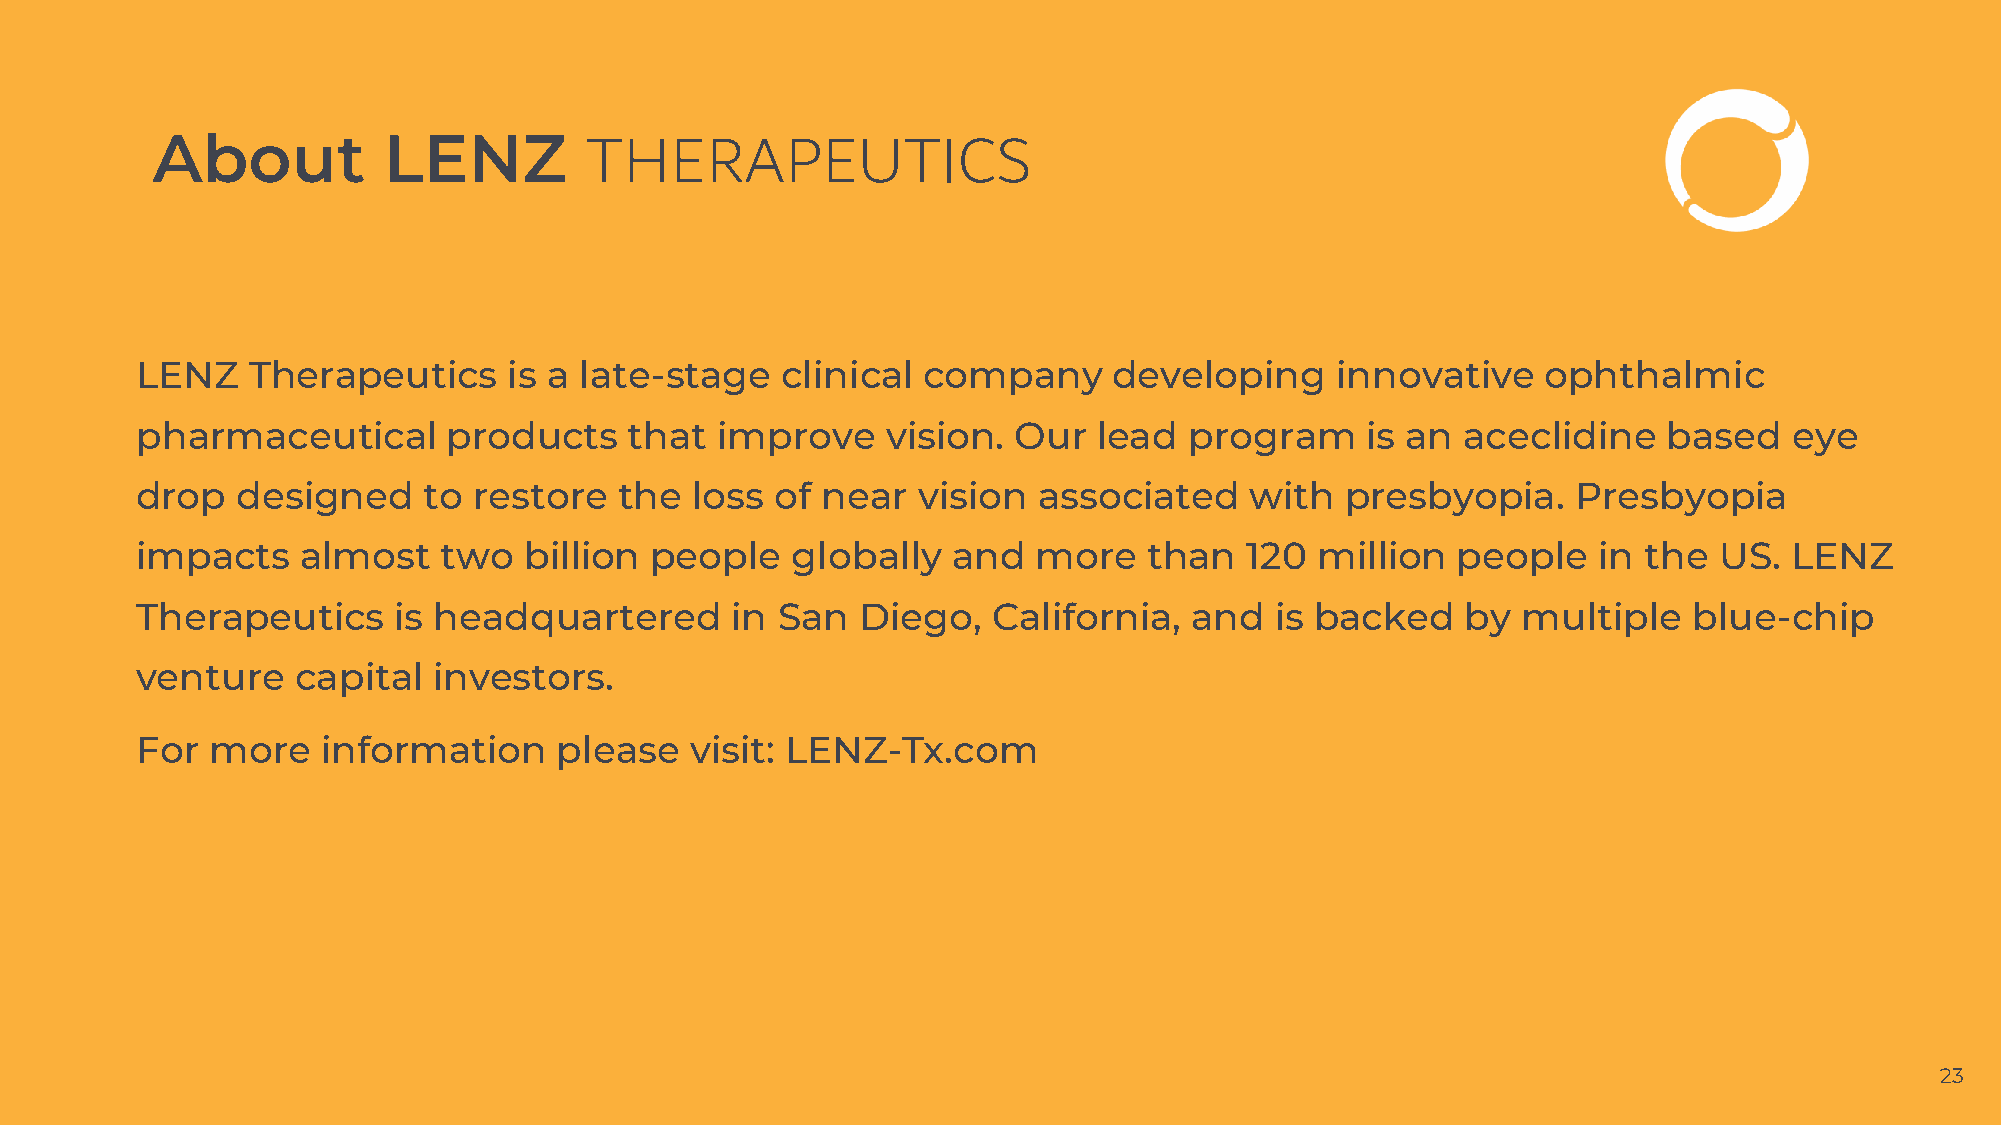
About          LENZ          THERAPEUTICS
 LENZ   Therapeutics      is a late-stage   clinical company      developing    innovative    ophthalmic
 pharmaceutical       products    that improve     vision. Our   lead  program    is an  aceclidine   based    eye
 drop   designed    to restore   the  loss of near   vision  associated    with  presbyopia.    Presbyopia
 impacts    almost   two   billion people   globally   and   more   than  120  million  people    in the  US. LENZ
 Therapeutics     is headquartered      in San   Diego,   California,  and  is backed    by  multiple   blue-chip
 venture    capital  investors.
 For  more   information     please   visit: LENZ-Tx.com
 23